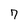
Character: 7